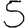
Digit: 5